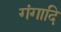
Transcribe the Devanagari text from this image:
गंगादि